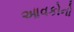
આવકોનો